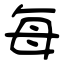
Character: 每